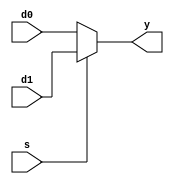
module mx2_32bits(d0, d1, s, y ); //module of 32-bits 2-to-1 mux
input [31:0] d0, d1;					 //32-bits input port d0, d1 data 1,2
input	s;									 //input port s select signal
output [31:0] y;						 //32-bits output port y

assign y=(s==0)? d0 : d1;			 //assign if s==0, y=d0, else if y=d1

endmodule								 //end module